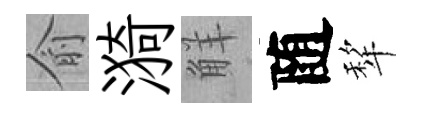
俞漪觧随犂